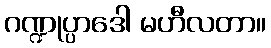
ဂဏ္ဍုပ္ပာဒေါ မဟီလတာ။